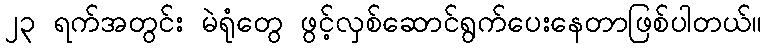
၂၃ ရက်အတွင်း မဲရုံတွေ ဖွင့်လှစ်ဆောင်ရွက်ပေးနေတာဖြစ်ပါတယ်။